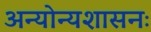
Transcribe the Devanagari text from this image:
अन्योन्यशासनः